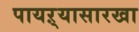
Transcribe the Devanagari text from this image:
पायऱ्यासारखा